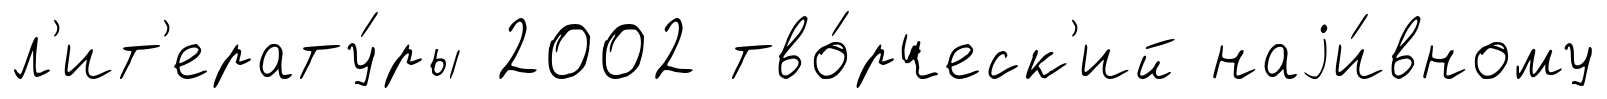
л'ит'ерату́ры 2002 тво́рческ'ий наjи́вному